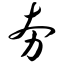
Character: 夯